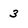
Character: 3